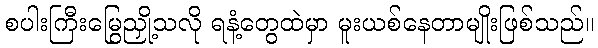
စပါးကြီးမြွေညှို့သလို ရနံ့တွေထဲမှာ မူးယစ်နေတာမျိုးဖြစ်သည်။